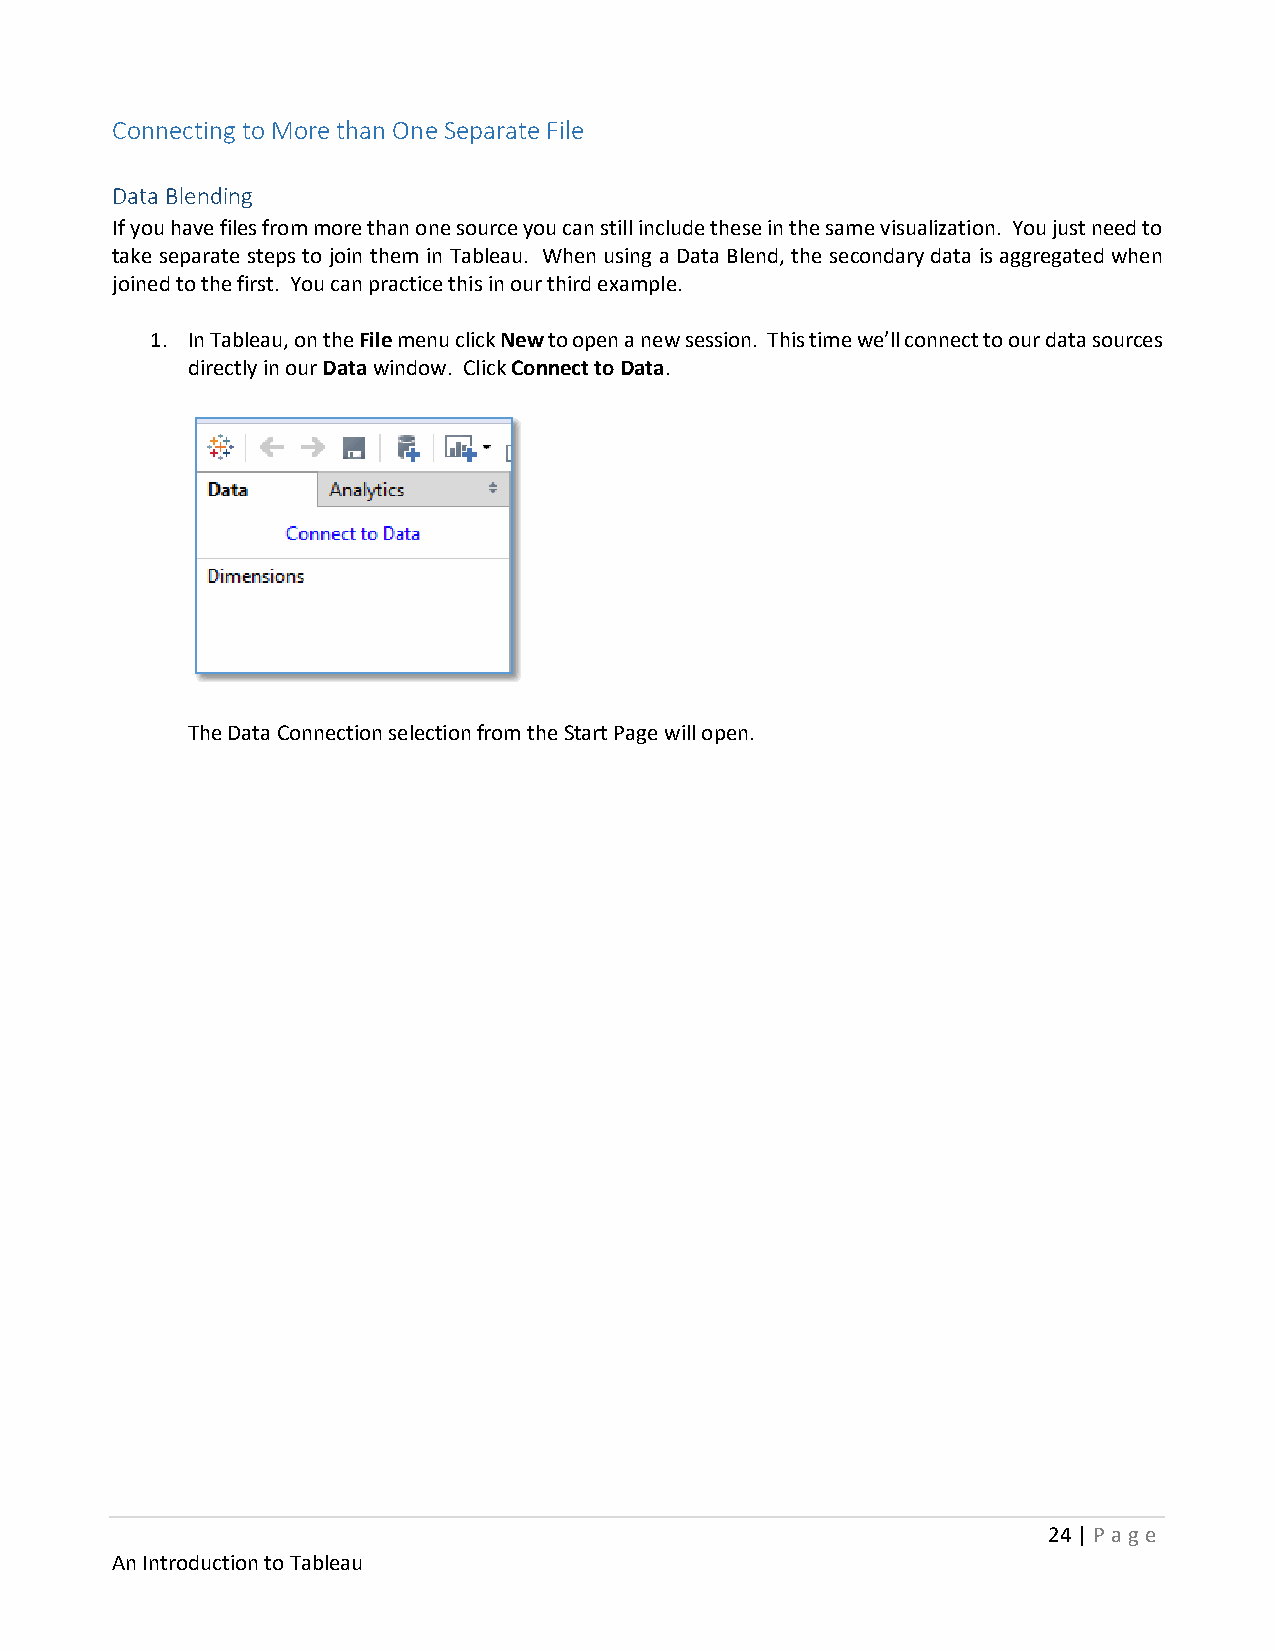
Connecting to More than One Separate File
 Data Blending
 If you have files from more than one source you can still include these in the same visualization. You just need to
 take separate steps to join them in Tableau. When using a Data Blend, the secondary data is aggregated when
 joined to the first. You can practice this in our third example.
 1. In Tableau, on the File menu click New to open a new session. This time we’ll connect to our data sources
 directly in our Data window. Click Connect to Data.
 The Data Connection selection from the Start Page will open.
 24 | P age
 An Introduction to Tableau